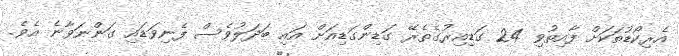
އެރިކޯޑުތަކަށް ފާއިތުވި 24 ގަޑިއިރުގެތެރޭ ގަޑިންގަޑިއަށް އައި ބަދަލުވެސް ފެނިވަޑައި ގަންނަވާނެ އެވެ.